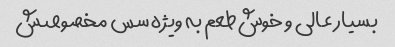
بسیار عالی و خوش‌طعم به ویژه سس مخصوصش